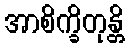
အာစိက္ခိတုန္တိ